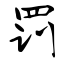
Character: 罚